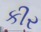
કીર